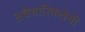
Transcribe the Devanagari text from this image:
अवैचारिकतेची